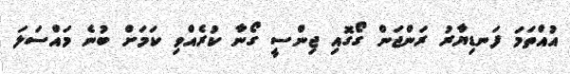
އުއްތަމަ ފަނޑިޔާރު ރަންޖަން ގޯގޮއި ޖިންސީ ގޯނާ ކުރެއްވި ކަމަށް ބުނެ މައްސަލަ